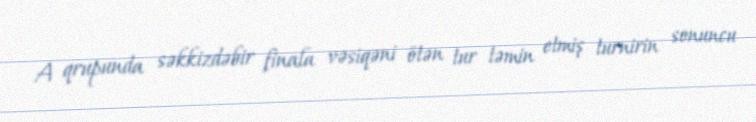
A qrupunda səkkizdəbir finala vəsiqəni ötən tur təmin etmiş turnirin sonuncu